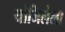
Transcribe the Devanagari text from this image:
योजिलेला